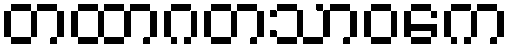
တထာဂတသာဝကေ